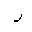
Letter: _zay